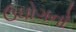
ઉઘોગનો